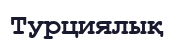
Турциялық